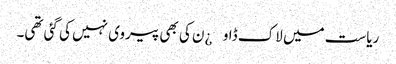
ریاست میں لاک ڈاو¿ن کی بھی پیروی نہیں کی گئی تھی۔